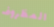
المظروف